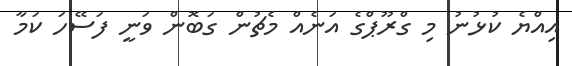
އިއްޔެ ކުޅުނު މި ގްރޫޕްގެ އަނެއް މެޗުން ގަބޮން ވަނީ ފަސޭހަ ކަމާ